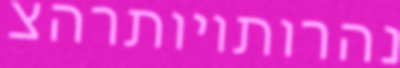
נהרותויותרהצ